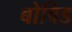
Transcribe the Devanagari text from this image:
बोविड